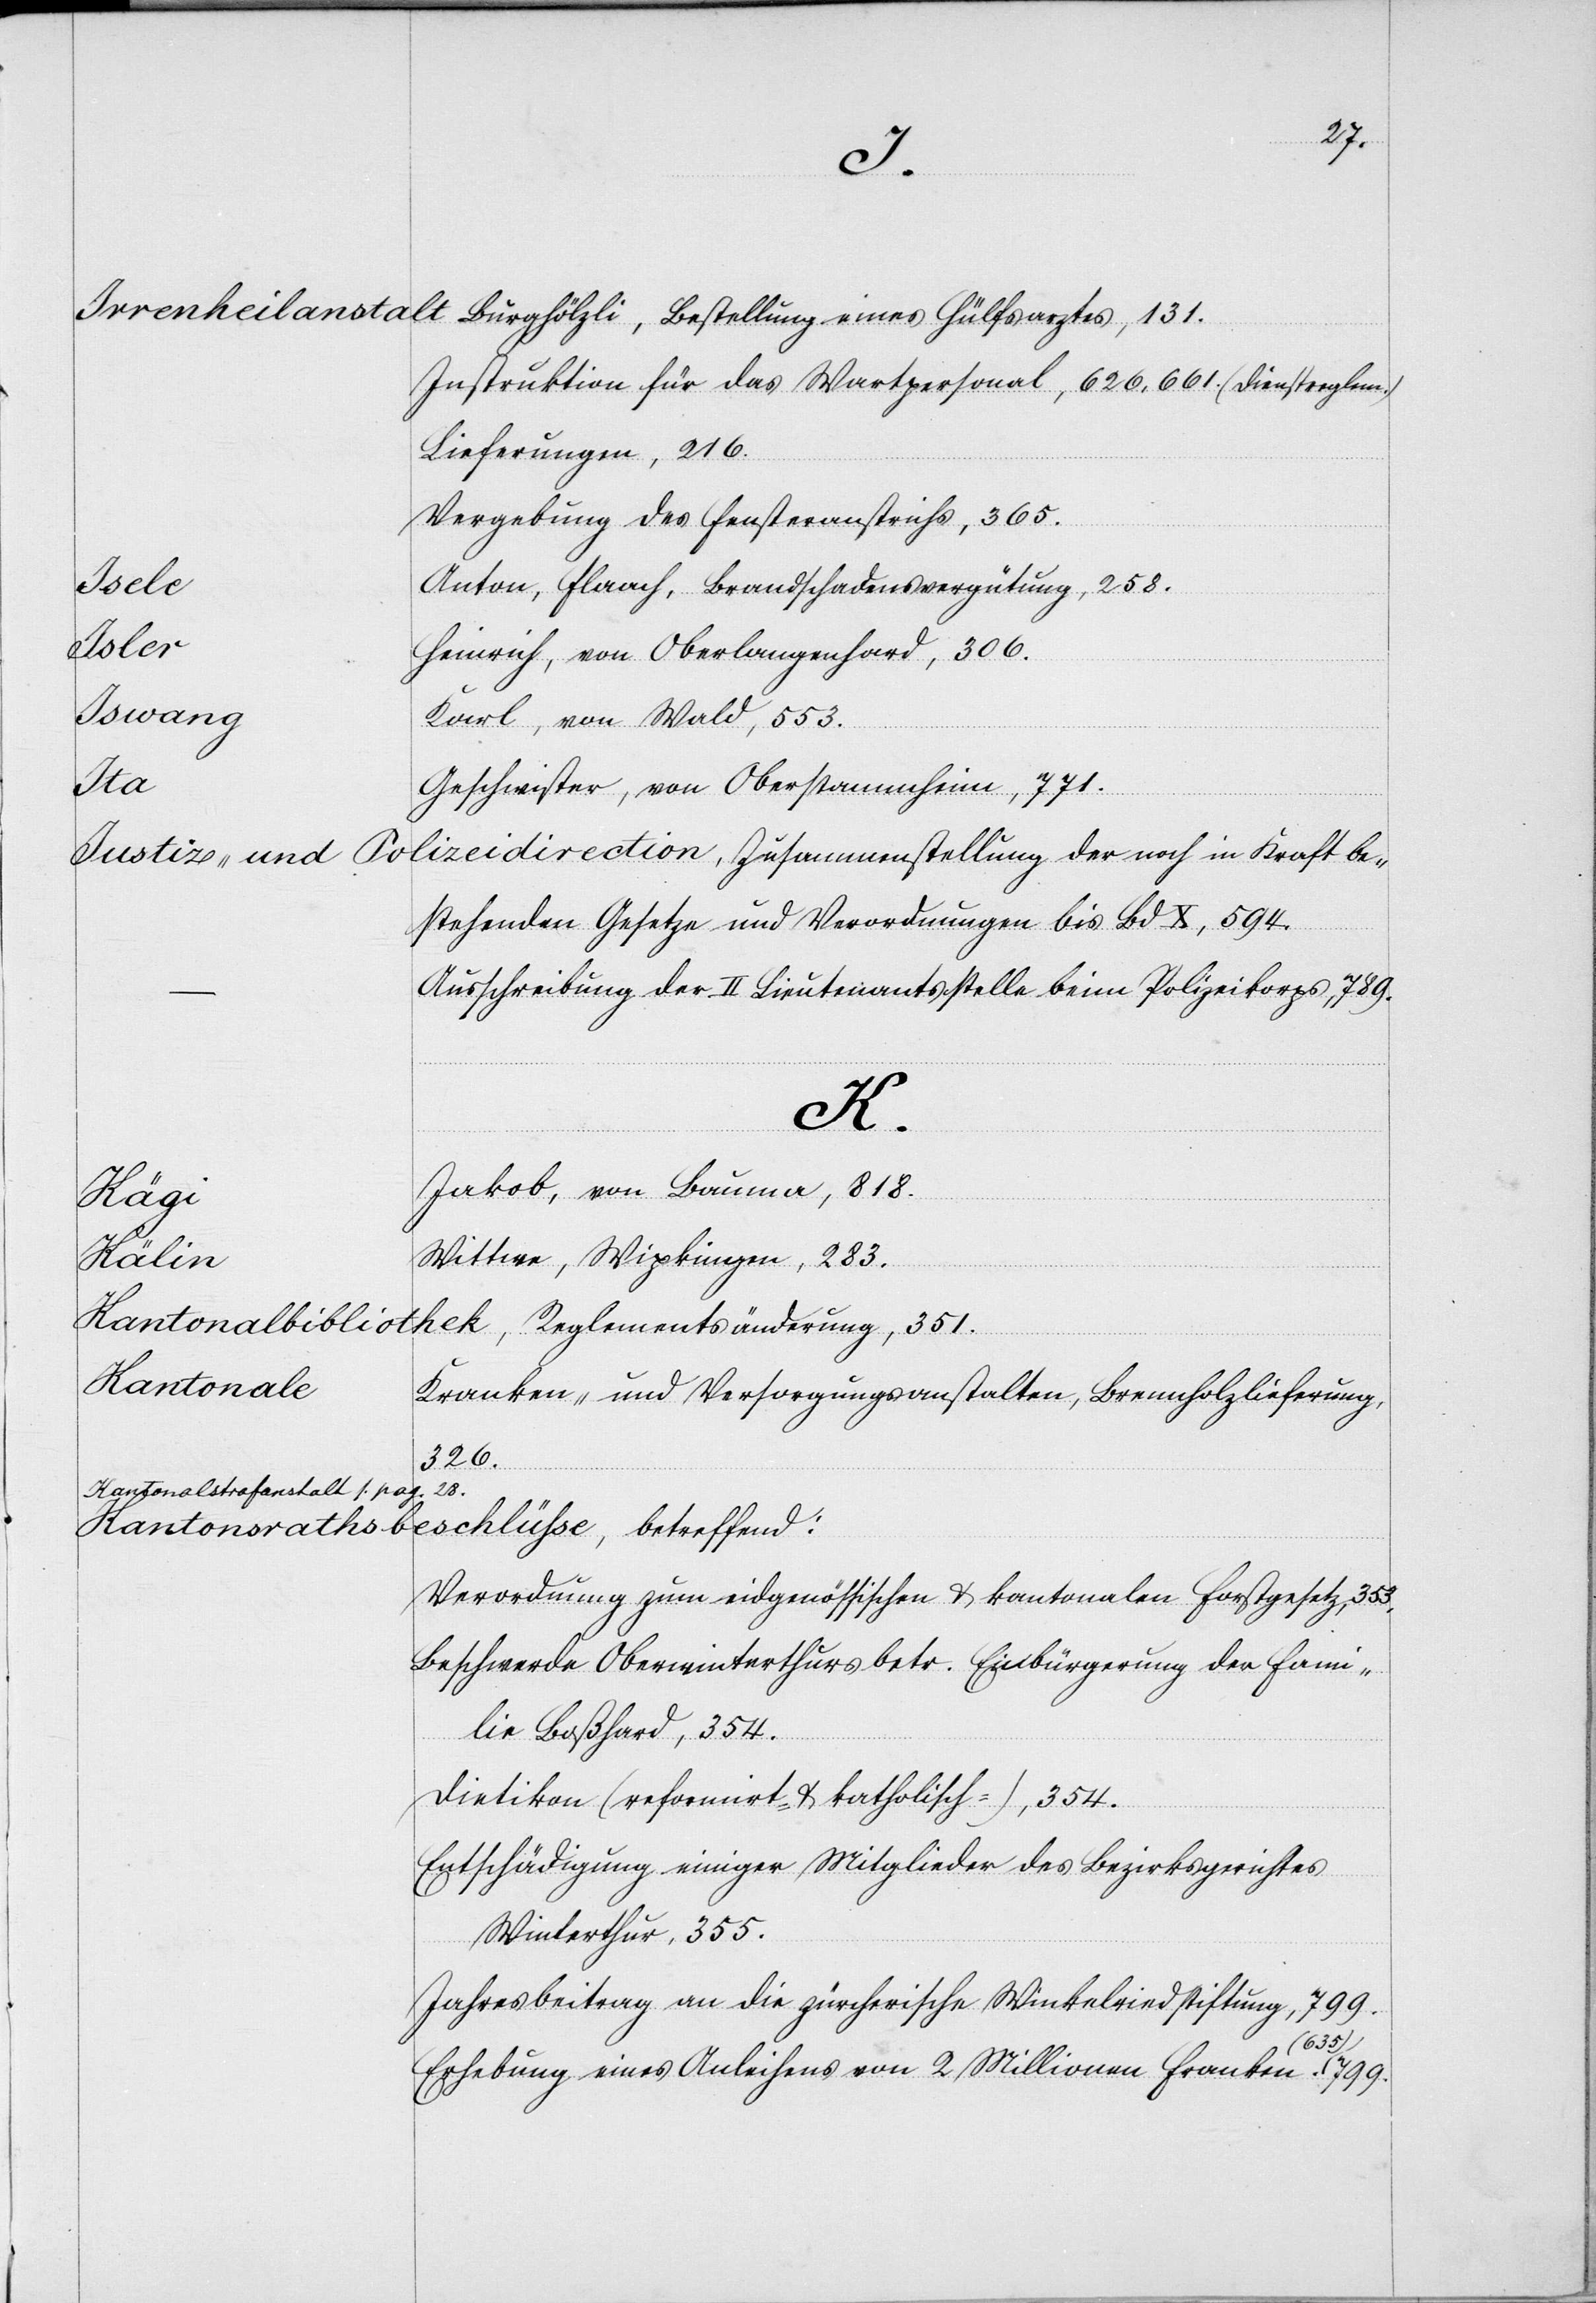
tellung.
heilung
Bau-
Frk.
Antrags¬
II.
an
Kommis¬
1600